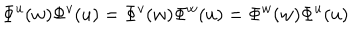
\Phi ^ { u } ( w ) \Phi ^ { v } ( u ) = \Phi ^ { v } ( w ) \Phi ^ { w } ( u ) = \Phi ^ { w } ( w ) \Phi ^ { u } ( u )